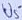
Text: U5-